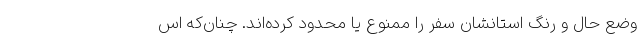
وضع حال و رنگ استانشان سفر را ممنوع یا محدود کرده‌اند. چنان‌که اس